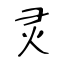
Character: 灵